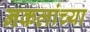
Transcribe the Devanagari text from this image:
नकलांच्या